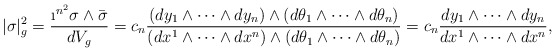
\begin{align*}|\sigma|^2_g=\frac{\i^{n^2}\sigma\wedge \bar{\sigma}}{dV_g}=c_n \frac{(dy_1\wedge\dots \wedge dy_n)\wedge (d\theta_1\wedge\dots \wedge d\theta_n)}{(dx^1\wedge\dots \wedge dx^n)\wedge (d\theta_1\wedge\dots \wedge d\theta_n)}=c_n\frac{dy_1\wedge\dots \wedge dy_n}{dx^1\wedge\dots \wedge dx^n},\end{align*}